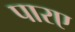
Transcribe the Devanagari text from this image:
पारए